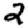
Digit: 2